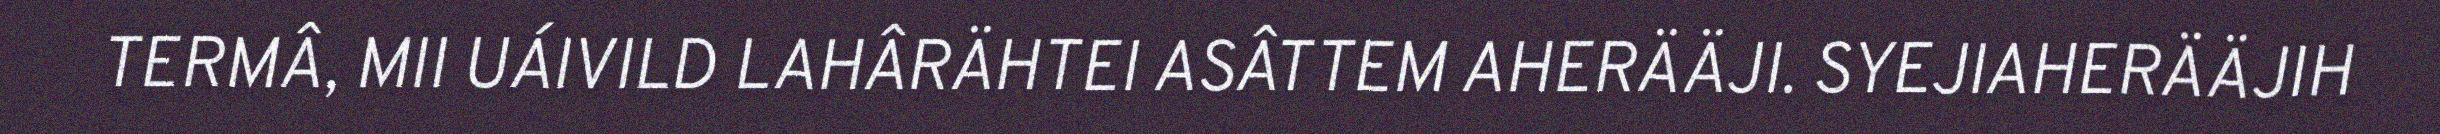
TERMÂ, MII UÁIVILD LAHÂRÄHTEI ASÂTTEM AHERÄÄJI. SYEJIAHERÄÄJIH